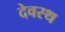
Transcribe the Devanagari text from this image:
देवस्थ